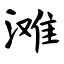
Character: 滩